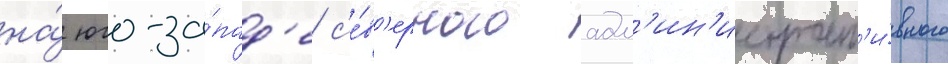
на́ юго-за́пад'е с'е́в'ерного адм'ин'истрат'и́вного